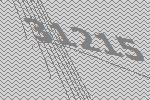
31215